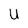
Character: U